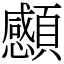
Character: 䫲